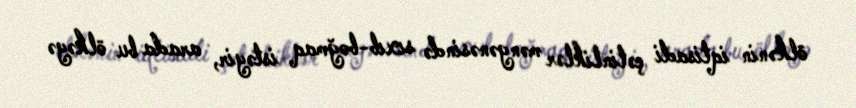
ölkənin iqtisadi çətinliklər məngənəsində sıxıb-boğmaq istəyir, arada bu ölkəyə